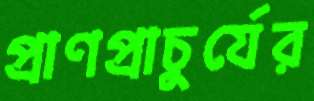
প্রাণপ্রাচুর্যের